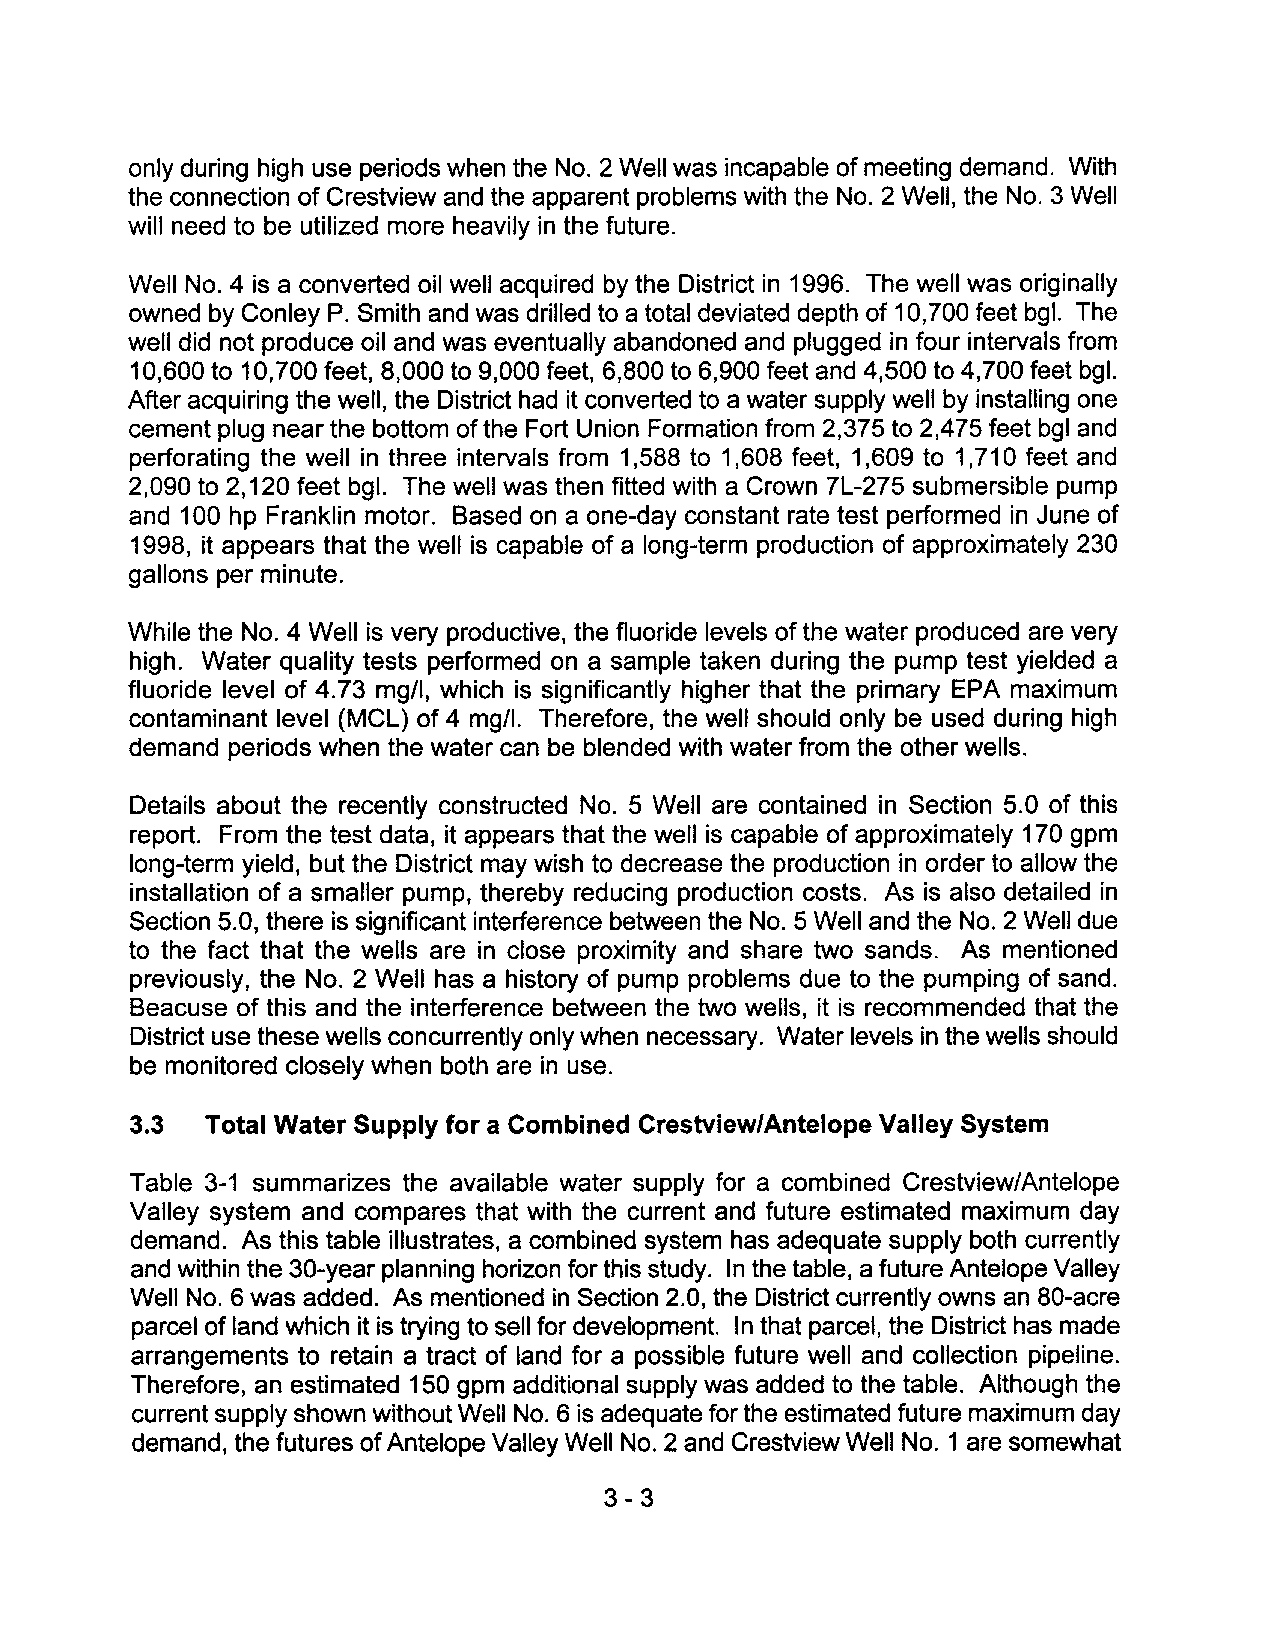
only during high use periods when the No.2 Well was incapable of meeting demand. With
 the connection of Crestview and the apparent problems with the No.2 Well, the No.3 Well
 will need to be utilized more heavily in the future.
 Well No.4 is a converted oil well acquired by the District in 1996. The well was originally
 owned by Conley P. Smith and was drilled to a total deviated depth of 10,700 feet bgl. The
 well did not produce oil and was eventually abandoned and plugged in four intervals from
 10,600 to 10,700 feet, 8,000 to 9,000 feet, 6,800 to 6,900 feet and 4,500 to 4,700 feet bgl.
 After acquiring the well, the District had it converted to a water supply well by installing one
 cement plug near the bottom of the Fort Union Formation from 2,375 to 2,475 feet bgl and
 perforating the well in three intervals from 1,588 to 1,608 feet, 1,609 to 1,710 feet and
 2,090 to 2,120 feet bgl. The well was then fitted with a Crown 7l-275 submersible pump
 and 100 hp Franklin motor. Based on a one-day constant rate test performed in June of
 1998, it appears that the well is capable of a long-term production of approximately 230
 gallons per minute.
 While the No.4 Well is very productive, the fluoride levels of the water produced are very
 high. Water quality tests performed on a sample taken during the pump test yielded a
 fluoride level of 4.73 mgll, which is significantly higher that the primary EPA maximum
 contaminant level (MCl) of 4 mg/I. Therefore, the well should only be used during high
 demand periods when the water can be blended with water from the other wells.
 Details about the recently constructed No. 5 Well are contained in Section 5.0 of this
 report. From the test data, it appears that the well is capable of approximately 170 gpm
 long-term yield, but the District may wish to decrease the production in order to allow the
 installation of a smaller pump, thereby reducing production costs. As is also detailed in
 Section 5.0, there is significant interference between the No.5 Well and the No.2 Well due
 to the fact that the wells are in close proximity and share two sands. As mentioned
 previously, the No.2 Well has a history of pump problems due to the pumping of sand.
 Beacuse of this and the interference between the two wells, it is recommended that the
 District use these wells concurrently only when necessary. Water levels in the wells should
 be monitored closely when both are in use.
 3.3  Total Water Supply for a Combined Crestview/Antelope Valley System
 Table 3-1 summarizes the available water supply for a combined Crestview/Antelope
 Valley system and compares that with the current and future estimated maximum day
 demand. As this table illustrates, a combined system has adequate supply both currently
 and within the 30-year planning horizon for this study. In the table, a future Antelope Valley
 Well No.6 was added. As mentioned in Section 2.0, the District currently owns an 80-acre
 parcel of land which it is trying to sell for development. In that parcel, the District has made
 arrangements to retain a tract of land for a possible future well and collection pipeline.
 Therefore, an estimated 150 gpm additional supply was added to the table. Although the
 current supply shown without Well No.6 is adequate for the estimated future maximum day
 demand, the futures of Antelope Valley Well No.2 and Crestview Well No.1 are somewhat
 3-3